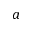
a